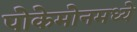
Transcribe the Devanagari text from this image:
पोकेमोनमध्ये